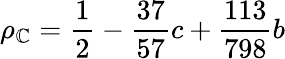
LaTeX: \rho_{\mathbb{C}}=\frac{{1}}{{2}}-\frac{{37}}{{57}}c+\frac{{113}}{{798}}b